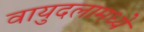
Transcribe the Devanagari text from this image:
वायुदलामध्ये